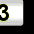
Digit: 3